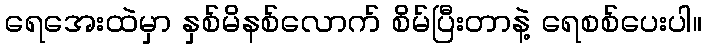
ရေအေးထဲမှာ နှစ်မိနစ်လောက် စိမ်ပြီးတာနဲ့ ရေစစ်ပေးပါ။